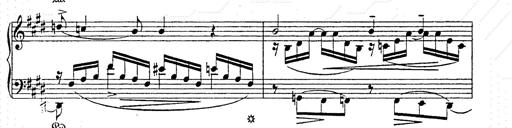
Title: AnnÃ©es de pÃ¨lerinage II
Composer: Franz Liszt